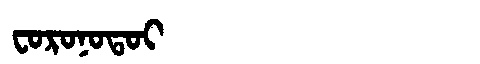
Manchu: ᠸᠣᡵᠣᠨᠣᡨᠣᡳ
Romanization: FORONOTOI